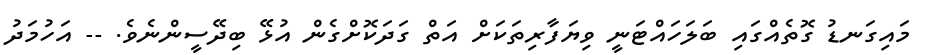
މައިގަނޑު ގޮތެއްގައި ބަލަހައްޓަނީ ވިޔަފާރިތަކަށް އަތް ގަދަކޮށްގެން އުޅޭ ބިދޭސީންނެވެ. -- އަހުމަދު